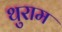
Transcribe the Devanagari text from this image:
थुराम